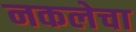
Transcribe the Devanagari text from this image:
नकलेचा